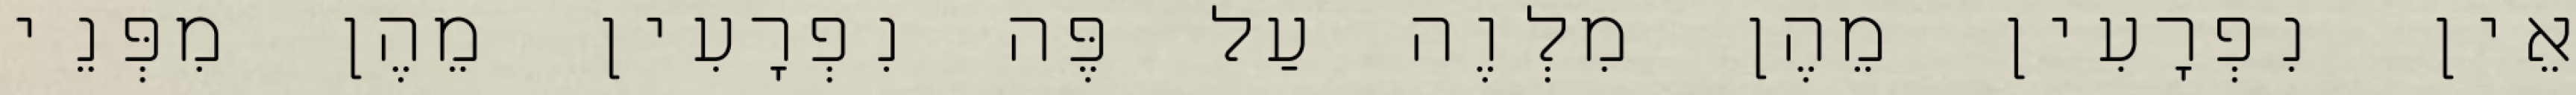
אֵין נִפְרָעִין מֵהֶן מִלְוֶה עַל פֶּה נִפְרָעִין מֵהֶן מִפְּנֵי